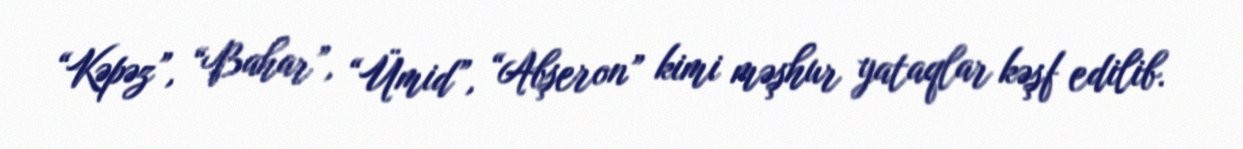
“Kəpəz”, “Bahar”, “Ümid”, “Abşeron” kimi məşhur yataqlar kəşf edilib.